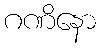
ဂဏိနော